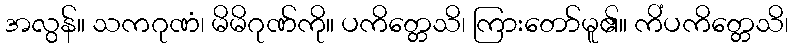
အလွန်။ သကဂုဏံ၊ မိမိဂုဏ်ကို။ ပကိတ္တေသိ၊ ကြားတော်မူ၏။ ကိံပကိတ္တေသိ၊